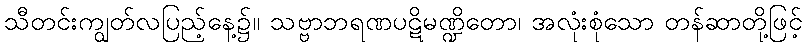
သီတင်းကျွတ်လပြည့်နေ့၌။ သဗ္ဗာဘရဏပဋိမဏ္ဍိတော၊ အလုံးစုံသော တန်ဆာတို့ဖြင့်